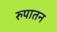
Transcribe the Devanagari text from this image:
रुपातन